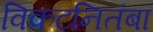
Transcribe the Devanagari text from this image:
विकटनितंबा